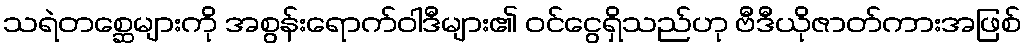
သရဲတစ္ဆေများကို အစွန်းရောက်ဝါဒီများ၏ ဝင်ငွေရှိသည်ဟု ဗီဒီယိုဇာတ်ကားအဖြစ်